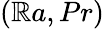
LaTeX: (\mathbb{R}a,Pr)